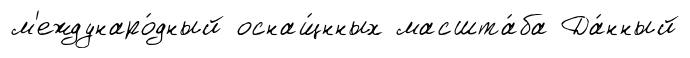
м'еждунаро́дный оснащ́нных масшта́ба Да́нный